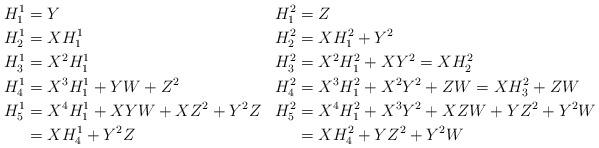
LaTeX: \begin{align*}H_1^1&=Y & H_1^2&=Z \\H_2^1&=XH_1^1 & H_2^2&=XH_1^2+Y^2 \\H_3^1&=X^2H_1^1 & H_3^2&=X^2H_1^2+XY^2=XH_2^2\\H_4^1&=X^3H_1^1+YW+Z^2 & H_4^2&=X^3H_1^2+X^2Y^2+ZW=XH_3^2+ZW \\H_5^1&=X^4H_1^1+XYW+XZ^2+Y^2Z& H_5^2&=X^4H_1^2+X^3Y^2+XZW+YZ^2+Y^2W \\&=XH_4^1+Y^2Z &&=XH_4^2+YZ^2+Y^2W\end{align*}